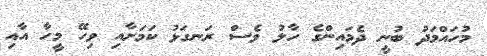
މުހައްމަދު ބުނީ ދެމައިންގެ ހާލު ވެސް ރަނގަޅު ކަމަށާއި ވިހޭ މީހާ އާއި